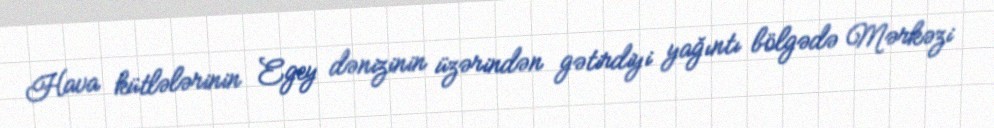
Hava kütlələrinin Egey dənizinin üzərindən gətirdiyi yağıntı bölgədə Mərkəzi